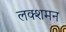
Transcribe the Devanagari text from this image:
लक्शमन